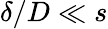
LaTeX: \delta/D\ll s